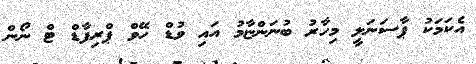
އެކަމަކު ޕާސަނަލީ މިހާރު ބުނަންޏާމު އައި ވުޑް ހޭވް ޕްރިފާޑް ޓް ނޯން